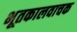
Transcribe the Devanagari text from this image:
भूतकालवाचक